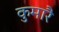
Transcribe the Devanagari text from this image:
कुमारै